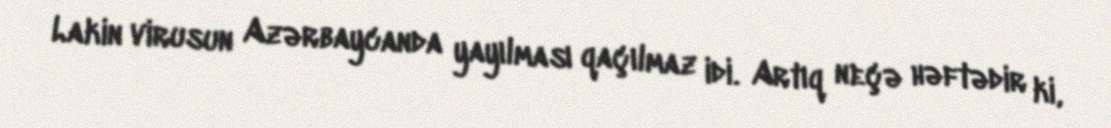
Lakin virusun Azərbaycanda yayılması qaçılmaz idi. Artıq neçə həftədir ki,